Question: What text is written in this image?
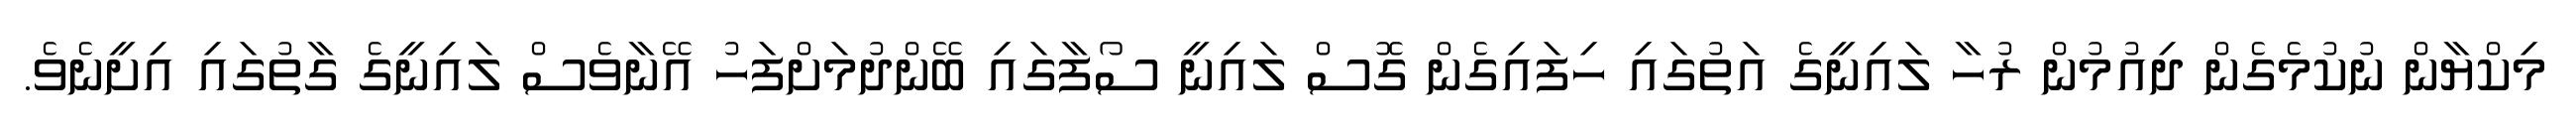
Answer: މިކްޔާން ނުކުމެގެން ދިއުމުން ރުހާ ލައިނީގެ އަތުގައި ހިފައިގެން ގޮސް ލައިނީ ސޯފާގައި ބޭންދުމަށްފަހު އޭނާވެސް ލައިނީގެ ގާތުގައި އިށީނެވެ.